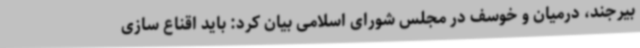
بیرجند، درمیان و خوسف در مجلس شورای اسلامی بیان کرد: باید اقناع سازی